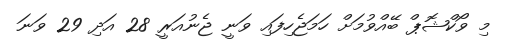
މި ވޯކްޝޮޕް ބޭއްވުމަށް ހަމަޖެހިފައި ވަނީ ޖެނުއަރީ 28 އަދި 29 ވަނަ